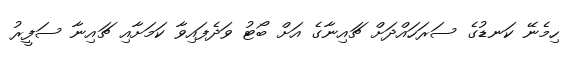
ހިމެނޭ ކަނޑުގެ ސަރަހައްދަށް ޗައިނާގެ އަށް ބޯޓު ވަދެފައިވާ ކަމަށާއި ޗައިނާ ސަފީރު